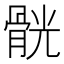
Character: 䯑